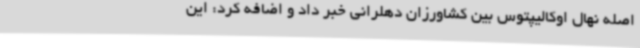
اصله نهال اوکالیپتوس بین کشاورزان دهلرانی خبر داد و اضافه کرد: این